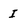
Character: I